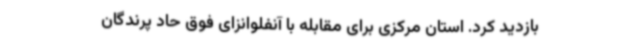
بازدید کرد. استان مرکزی برای مقابله با آنفلوانزای فوق حاد پرندگان